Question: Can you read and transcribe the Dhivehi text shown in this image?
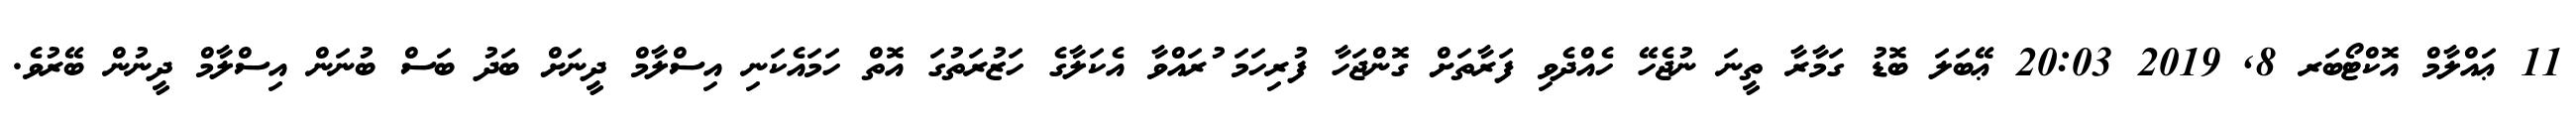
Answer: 11 ޢައްލާމް އޮކްޓޯބަރ 8, 2019 20:03 ޢޭބަލަ ބޮޑު ގަމާރާ ތީނަ ނުޖެހޭ ހެއްދެވި ފަރާތަށް ގޮންޖަހާ ފުރިހަމަ ުރައްވާ އެކަލާގެ ހަޒުރަތުގަ އޮތް ހަމައެކަނި އިސްލާމް ދީނަށް ބަދު ބަސް ބުނަން އިސްލާމް ދީނުން ބޭރުވެ.